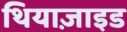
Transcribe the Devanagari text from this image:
थियाज़ाइड